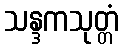
သန္ဒကသုတ္တံ